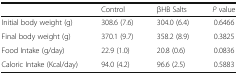
<table><thead><tr><td></td><td><b>Control</b></td><td><b>βHB Salts</b></td><td><b><i>P</i> value</b></td></tr></thead><tbody><tr><td>Initial body weight (g)</td><td>308.6 (7.6)</td><td>304.0 (6.4)</td><td>0.6466</td></tr><tr><td>Final body weight (g)</td><td>370.1 (9.7)</td><td>358.2 (8.9)</td><td>0.3825</td></tr><tr><td>Food Intake (g/day)</td><td>22.9 (1.0)</td><td>20.8 (0.6)</td><td>0.0836</td></tr><tr><td>Caloric Intake (Kcal/day)</td><td>94.0 (4.2)</td><td>96.6 (2.5)</td><td>0.5883</td></tr></tbody></table>